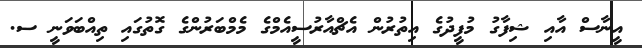
އީނާސް އާއި ޝިފާގު މުފީދުގެ އިތުރުން އެޗްއާރުސީއެމްގެ މެމްބަރުންގެ ގޮތުގައި ތިއްބަވަނީ ސ.